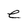
Character: e